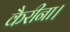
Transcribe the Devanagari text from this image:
कैरीना।